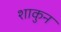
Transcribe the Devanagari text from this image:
शाकुन